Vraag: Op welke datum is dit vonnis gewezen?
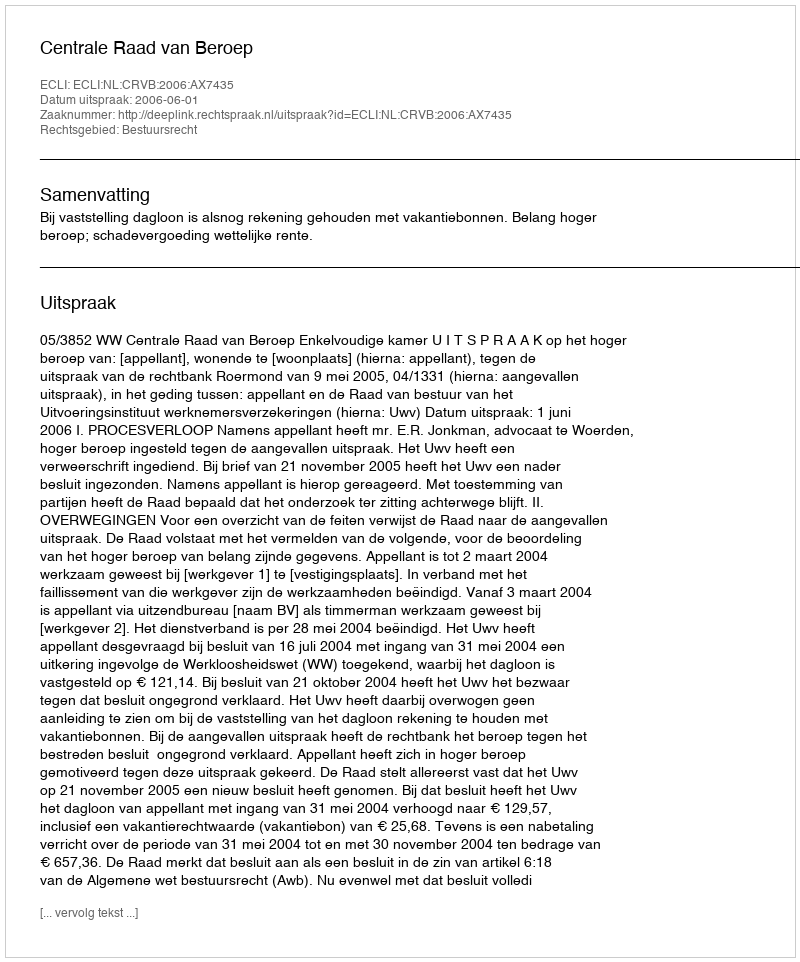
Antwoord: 2006-06-01